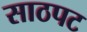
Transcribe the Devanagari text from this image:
साठपट